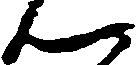
ん